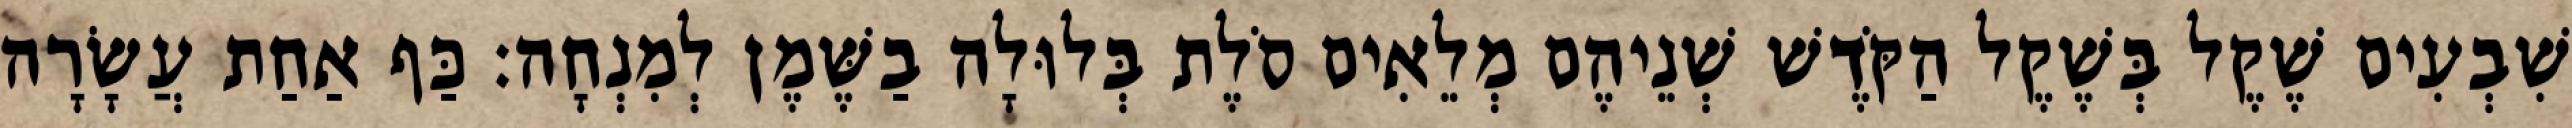
שִׁבְעִים שֶׁקֶל בְּשֶׁקֶל הַקֹּדֶשׁ שְׁנֵיהֶם מְלֵאִים סֹלֶת בְּלוּלָה בַשֶּׁמֶן לְמִנְחָה׃ כַּף אַחַת עֲשָׂרָה